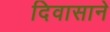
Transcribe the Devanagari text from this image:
दिवासाने